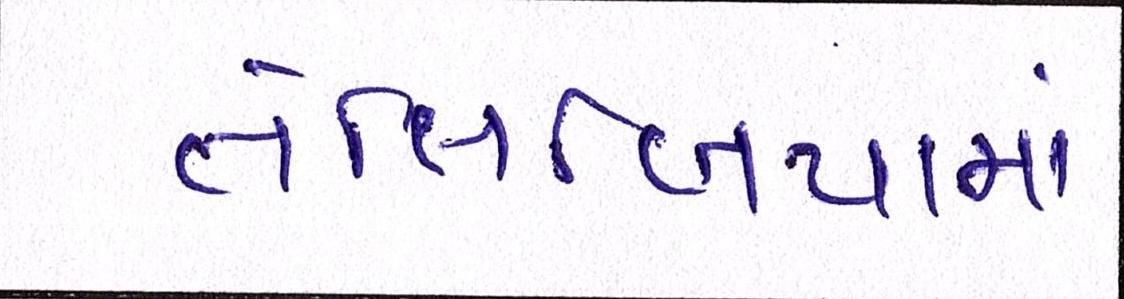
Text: તેલિબિયાંમાં